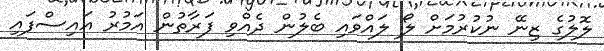
ލޮލުގެ ޒިނޭ ނުކުރުމަށް ލޯ ލައްވައި ބެލުން ދެއްވި ފަރާތުން އަމުރު އައިސްފައި